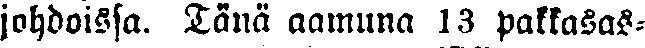
johdoissa. Tänä aamuna 13 pakkasas-